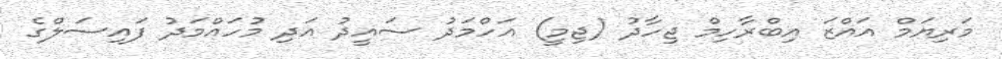
މަރިޔަމް އައްޒަ އިބްރާހިމް ޖިހާދު (ޖިމީ) އަހްމަދު ސައީދު އަދި މުހައްމަދު ފައިސަލްގެ